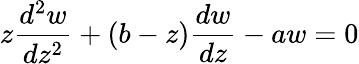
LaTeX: z{\frac{d^{2}w}{dz^{2}}}+(b-z){\frac{dw}{dz}}-aw=0